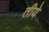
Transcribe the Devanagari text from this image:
तीये